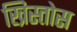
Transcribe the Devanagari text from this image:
ख्रिस्‍तोस